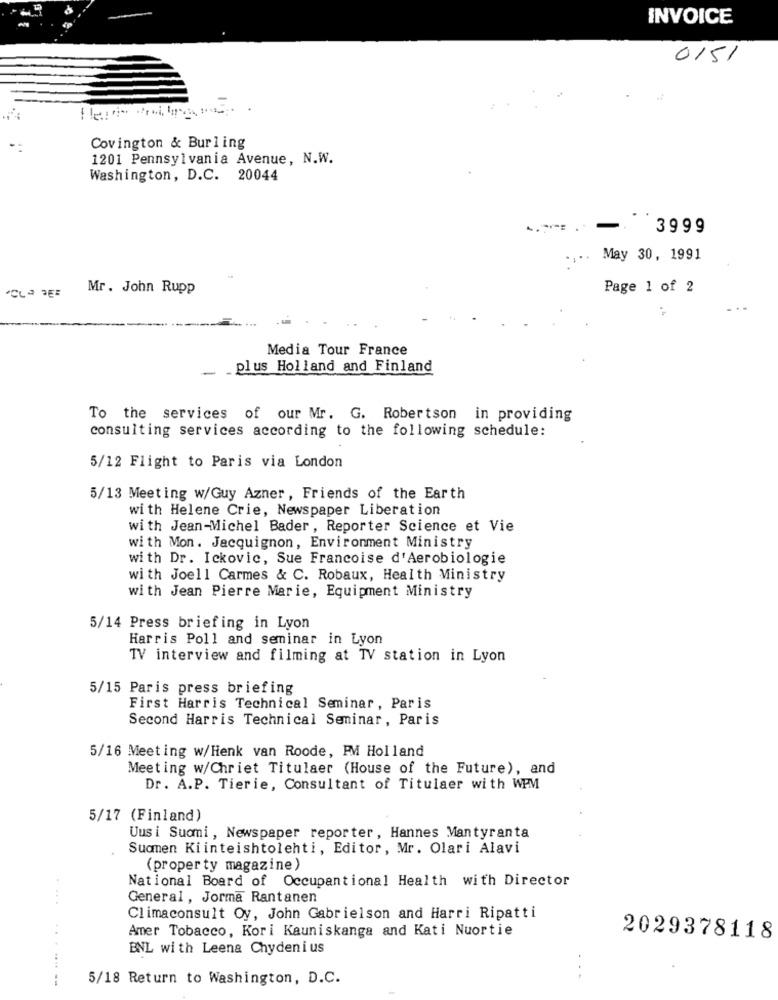
INVOICE
0151
Covington & Burling
1201 Pennsylvania Avenue, N.W.
Washington, D.C. 20044
3999
May 30, 1991
"CLOSE
Mr . John Rupp
Page 1 of 2
Media Tour France
-
plus Holland and Finland
To the services of our Mr. G. Robertson in providing
consulting services according to the following schedule:
5/12 Flight to Paris via London
5/13 Meeting W/Guy Azner , Friends of the Earth
with Helene Crie, Newspaper Liberation
with Jean-Michel Bader, Reporter Science et Vie
with Mon. Jacquignon, Environment Ministry
with Dr. Ickovic, Sue Francoise d'Aerobiologie
with Joell Carmes & C. Robaux, Health Ministry
with Jean Pierre Marie, Equipment Ministry
5/14 Press briefing in Lyon
Harris Poll and seminar in Lyon
TV interview and filming at TV station in Lyon
5/15 Paris press briefing
First Harris Technical Seminar, Paris
Second Harris Technical Seminar, Paris
5/16 Meeting w/Henk van Roode, PM Holland
Meeting w/Chriet Titulaer (House of the Future), and
Dr. A.P. Tierie, Consultant of Titulaer with WPM
5/17 (Finland)
Uusi Suomi, Newspaper reporter, Hannes Mantyranta
Suomen Kiinteishtolehti, Editor, Mr. Olari Alavi
(property magazine)
National Board of Occupantional Health with Director
....
General, Jorma Rantanen
Climaconsult Oy, John Gabrielson and Harri Ripatti
Amer Tobacco, Kori Kauniskanga and Kati Nuortie
2029378118
BNL with Leena Chydenius
... . .....
5/18 Return to Washington, D.C.